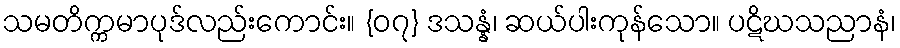
သမတိက္ကမာပုဒ်လည်းကောင်း။ {၀၇} ဒသန္နံ၊ ဆယ်ပါးကုန်သော။ ပဋိဃသညာနံ၊